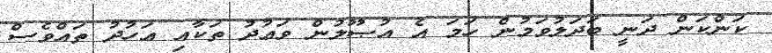
ކަންކަން ދަނީ ބަދަލުވަމުން ހަމަ އެ އުޞޫލުން ވަޢުދު ތަކާއި ޢަހުދު ތައްވެސް